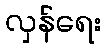
လှန်ရေး